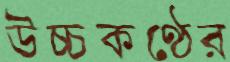
উচ্চকণ্ঠের